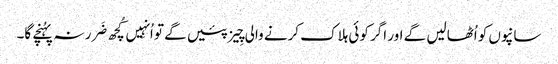
سانپوں کو اُٹھالیں گے اور اگر کوئی ہلاک کرنے والی چِیز پئیں گے تو اُنہِیں کُچھ ضَرر نہ پہُنچے گا۔